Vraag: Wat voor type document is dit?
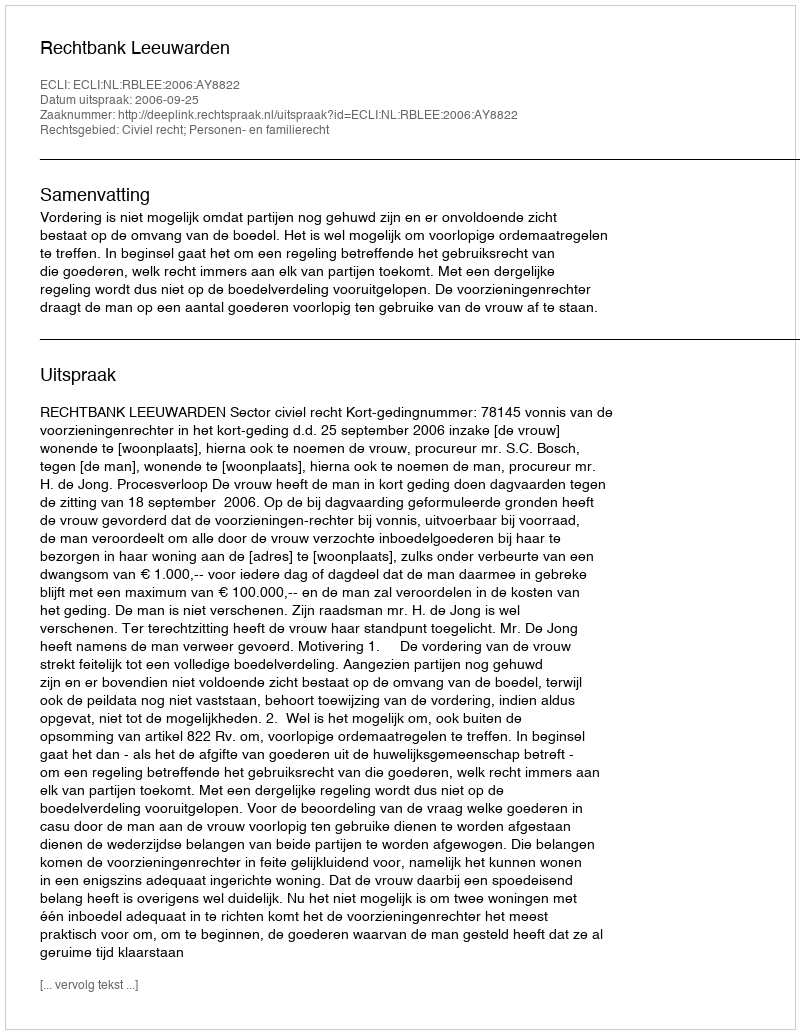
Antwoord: Uitspraak